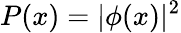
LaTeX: P(x)=|\phi(x)|^{2}